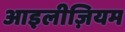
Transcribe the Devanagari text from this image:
आइलीज़ियम